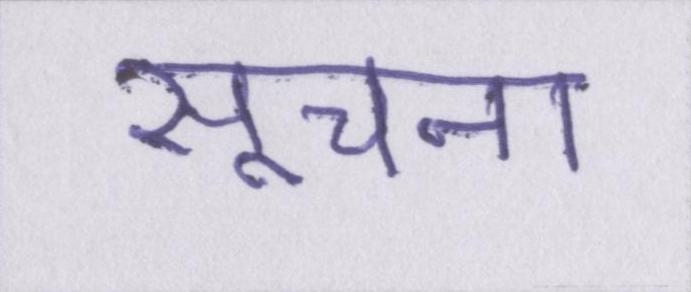
सूचना